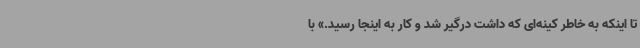
تا اینکه به خاطر کینه‌ای که داشت درگیر شد و کار به اینجا رسید.» با